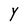
Character: Y